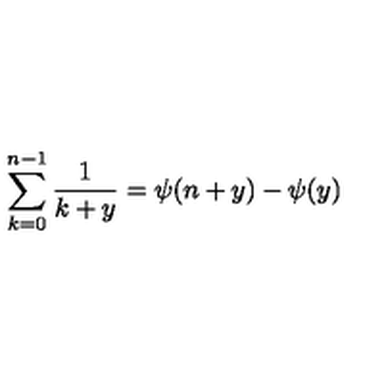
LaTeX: \sum _ { k = 0 } ^ { n - 1 } \frac { 1 } { k + y } = \psi ( n + y ) - \psi ( y )